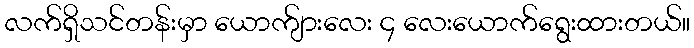
လက်ရှိသင်တန်းမှာ ယောက်ျားလေး ၄ လေးယောက်ရွေးထားတယ်။